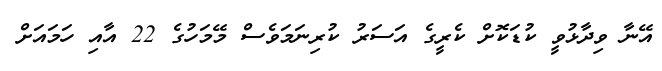
އޭނާ ވިދާޅުވީ ކުޑަކޮށް ކެރީގެ އަސަރު ކުރިނަމަވެސް މޭމަހުގެ 22 އާއި ހަމައަށް